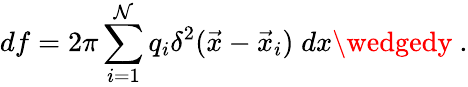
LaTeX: df=2\pi\sum_{i=1}^{\mathcal{N}}q_{i}\delta^{2}(\vec{{x}}-\vec{{x}}_{i})\; dx\wedgedy~.